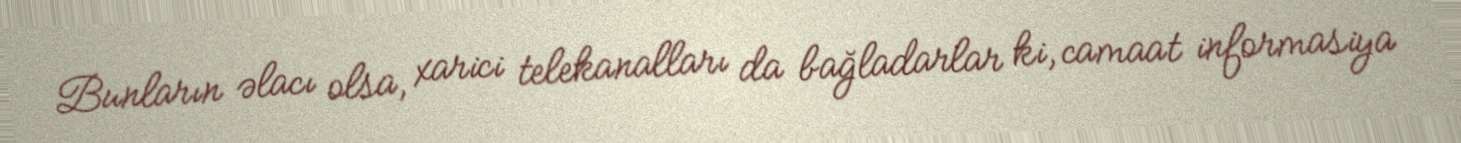
Bunların əlacı olsa, xarici telekanalları da bağladarlar ki, camaat informasiya